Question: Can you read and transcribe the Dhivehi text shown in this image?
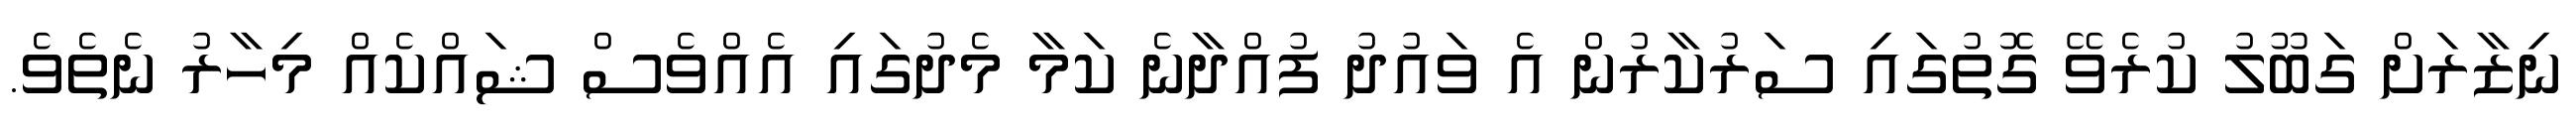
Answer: ނިޒާރަށް ގަބޫލު ކުރެވޭ ގޮތުގައި ސަރުކާރުން އެ ވައުދު ފުއްދާނެ ކަމާ މެދުގައި އެއްވެސް ޝައްކެއް މިހާރު ނެތެވެ.